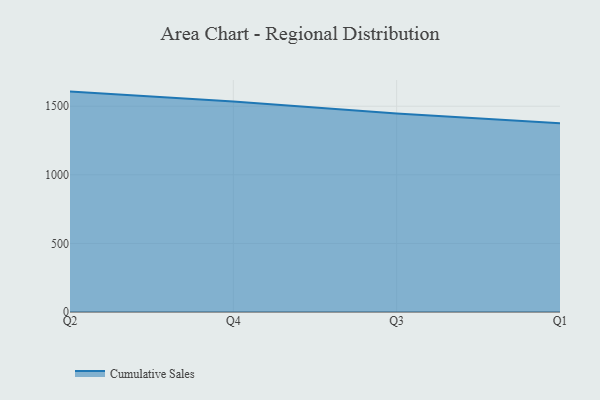
{"axis": {"x": "Quarter", "y": "LTV (USD)"}, "legend": ["Cumulative Sales"], "data": [{"x": "Q2", "y": 1606.5, "type": "Cumulative Sales"}, {"x": "Q4", "y": 1534.9, "type": "Cumulative Sales"}, {"x": "Q3", "y": 1447.4, "type": "Cumulative Sales"}, {"x": "Q1", "y": 1375.9, "type": "Cumulative Sales"}]}